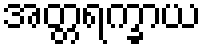
အတ္တရက္ခာယ